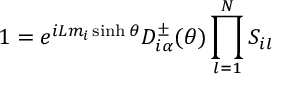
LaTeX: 1 = e ^ { i L m _ { i } \sinh \theta } D _ { i \alpha } ^ { \pm } ( \theta ) \prod _ { l = 1 } ^ { N } S _ { i l }